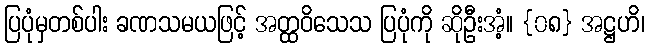
ပြပုံမှတစ်ပါး ခဏသမယဖြင့် အတ္ထဝိသေသ ပြပုံကို ဆိုဦးအံ့။ {၀၈} အဋ္ဌဟိ၊